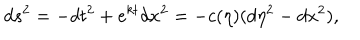
d s ^ { 2 } = - d t ^ { 2 } + e ^ { k t } d x ^ { 2 } = - c ( \eta ) ( d \eta ^ { 2 } - d x ^ { 2 } ) ,